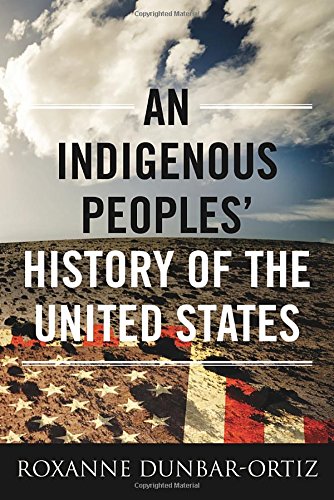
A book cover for An Indigenous Peoples' History of the United States (ReVisioning American History); Roxanne Dunbar-Ortiz; History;